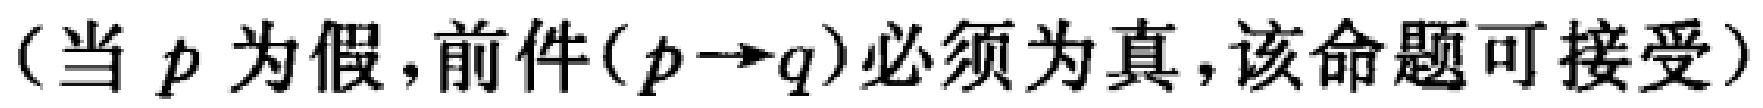
（当 \(p\) 为假，前件\((p\rightarrow q)\)必须为真，该命题可接受）